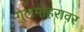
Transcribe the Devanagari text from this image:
गुलमोहरावर